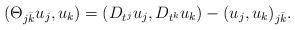
LaTeX: \begin{align*} (\Theta_{j\bar k} u_j,u_k)=(D_{t^j}u_j,D_{t^k}u_k)- (u_j,u_k)_{j\bar k}. \end{align*}